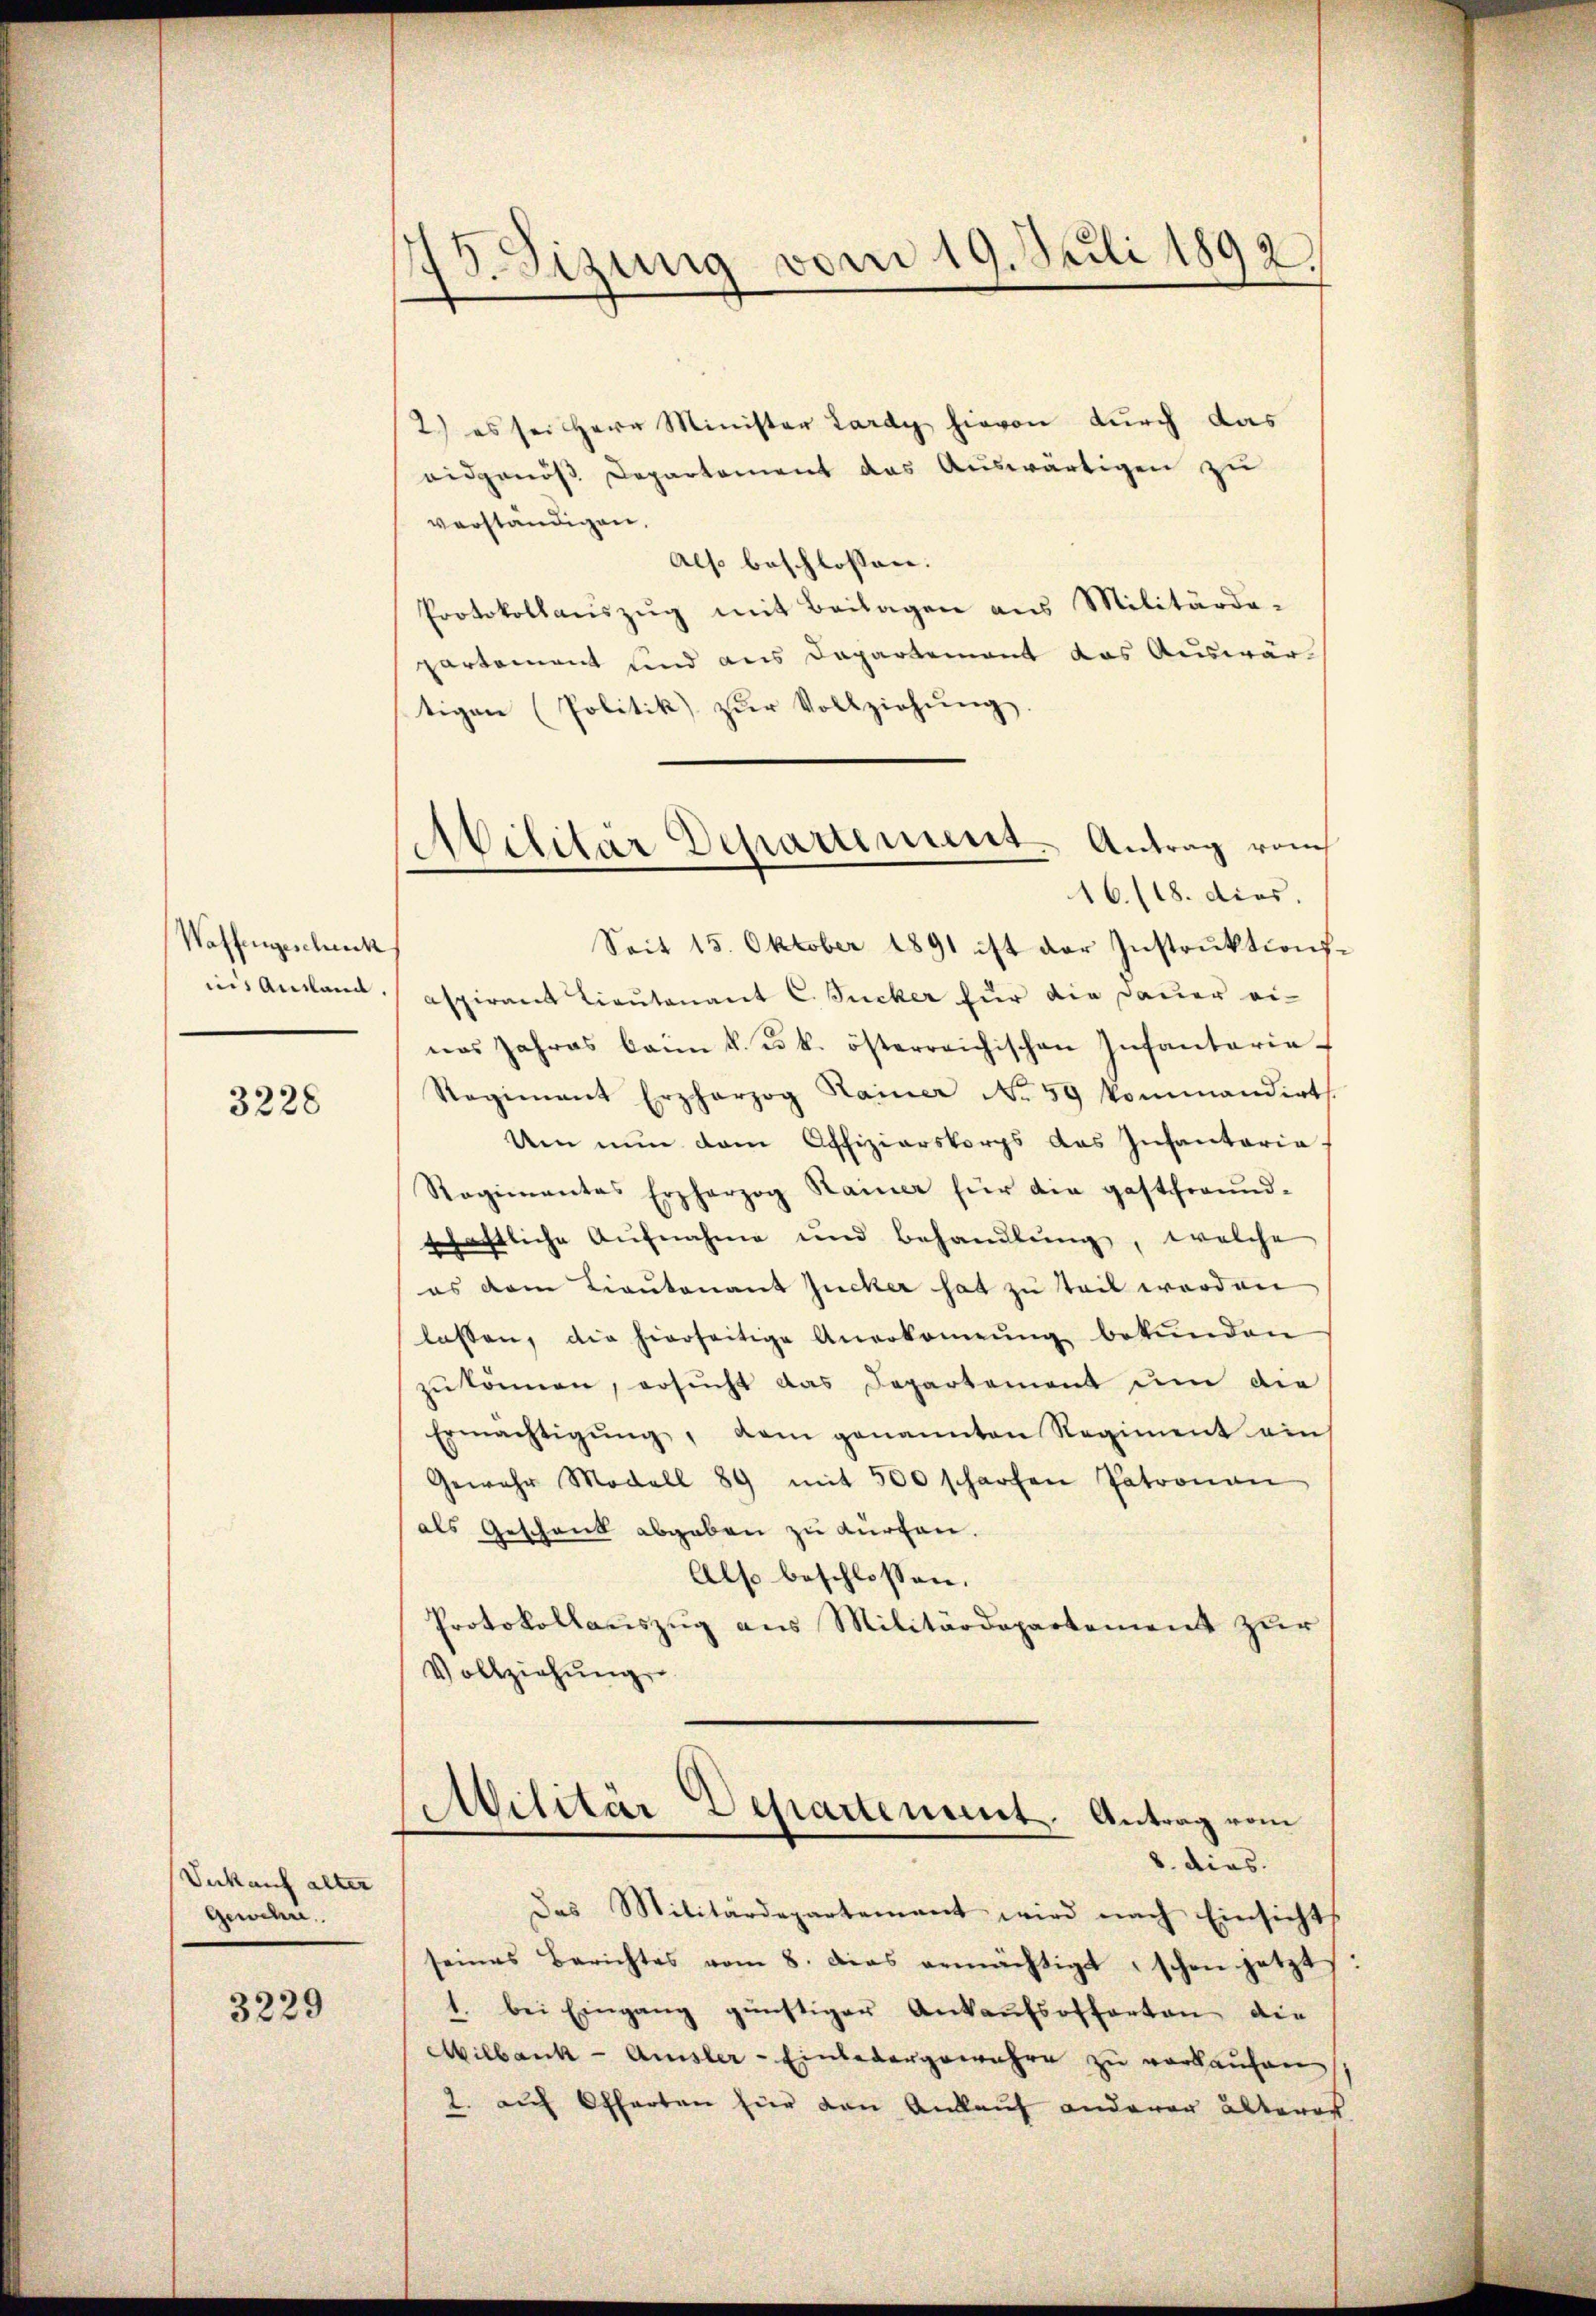
Waffengeschenck
nis Ankland.

3228

Verkauf alter
Gewehre.

3229

73. Sizung vom 19. Juli 1892.

2) es sei Herr Minister Lardy hievon durch das
eidgenöss Departement das Auswärtigen zu
verständigen,
Also beschlossen:
Protokollaŭszŭg mit Beilagen ans Militärde-
partement sind aus Departement das Auswärtigen (Politik zŭr Vollziehŭng.
Seit 15. Oktober 1891 ist der Instrŭktion.
aspirant Lieutenant C. Zucker für die Dauer einas Jahres beim k. u. k. österreichischen Infantarie-
Regienant Erzherzog Rainer No 59 kommandirt.
Um nun dem Offiziarskorps das Insantaria-
Regimentes Erzherzog Rainer für die gastfreund-
schaftliche Aŭfnahme und Behandlŭng, welche
es dem Lieutenant Zucker hat zu teil worden
lassen, die hierseitige Anerkennung bekŭnden
zu können, ersucht das Departement um die
Ermächtigŭng, dem genannten Regiment ein
Gewehr Modell 89 mit 500 scharfen Patronau
als Geschenk abgeben zu dürfen.
Also beschlossen:
Protokollauszug aus Militärdepartement zur
Vollziehŭng

Abilitär Departement. Antrag vom
16./18. dies.

Militär Departement. Antrag vom
8. dies.

Das Militärdepartement wird nach Einsichts
seines Berichtes vom 8. dies ermächtigt, schon jetzt
1. bei Eingang günstiger Ankaŭfsoffarten die
Milbank -Amsler-Einlevergewahre zu verkaufen
2. auf Offarten für den Anklauf anderer alterat